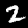
Digit: 2